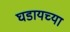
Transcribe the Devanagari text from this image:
घडायच्या